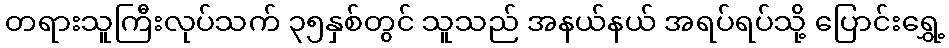
တရားသူကြီးလုပ်သက် ၃၅နှစ်တွင် သူသည် အနယ်နယ် အရပ်ရပ်သို့ ပြောင်းရွှေ့